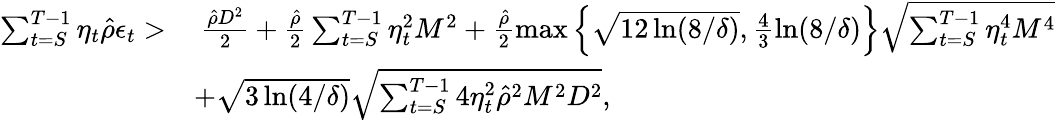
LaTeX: \begin{array}{rl}{\sum_{t=S}^{T-1}\eta_{t}\hat{\rho}\epsilon_{t}>}&{~\frac{\hat{\rho}D^{2}}{2}+\frac{\hat{\rho}}{2}\sum_{t=S}^{T-1}\eta_{t}^{2}M^{2}+\frac{\hat{\rho}}{2}\operatorname*{max}\left\{ \sqrt{12\ln(8/\delta)},\frac{4}{3}\ln(8/\delta)\right\} \sqrt{\sum_{t=S}^{T-1}\eta_{t}^{4}M^{4}}}\\ &{+\sqrt{3\ln(4/\delta)}\sqrt{\sum_{t=S}^{T-1}4\eta_{t}^{2}\hat{\rho}^{2}M^{2}D^{2}},}\end{array}